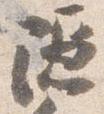
隠